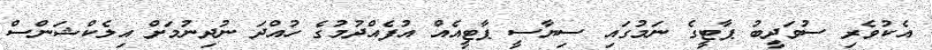
އެކުވެރި ސުވަދީބު ޕާޓީގެ ނަމުގައި ސިޔާސީ ޕާޓީއެއް އުފެއްދުމުގެ ހުއްދަ ނުދިނުމަށް އިލެކްޝަންސް